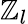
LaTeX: \mathbb{Z}_{l}